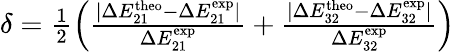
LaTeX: \begin{array}{r}{\delta=\frac{1}{2}\left(\frac{|\Delta E_{21}^{\mathrm{theo}}-\Delta E_{21}^{\mathrm{exp}}|}{\Delta E_{21}^{\mathrm{exp}}}+\frac{|\Delta E_{32}^{\mathrm{theo}}-\Delta E_{32}^{\mathrm{exp}}|}{\Delta E_{32}^{\mathrm{exp}}}\right)}\end{array}